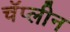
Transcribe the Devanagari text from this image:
चॅप्लीन